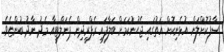
ސާފުކޮށްލަން އުޅެނިކޮށް އަތުގައި ޖެހުނުކަމަށް ބަލާފައި ރެފްރީދިން ޕެނަލްޓީއާ މެދު ނާދު ބުންޏެވެ.